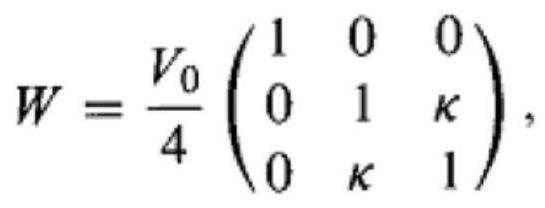
$W = \frac{V_0}{4} \begin{pmatrix} 1 & 0 & 0 \\ 0 & 1 & \kappa \\ 0 & \kappa & 1 \end{pmatrix},$